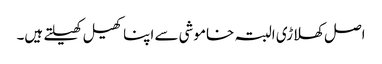
اصل کھلاڑی البتہ خاموشی سے اپنا کھیل کھیلتے ہیں۔